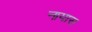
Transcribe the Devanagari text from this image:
नायास